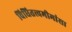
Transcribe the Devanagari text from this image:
विधितत्त्वमीमांसा